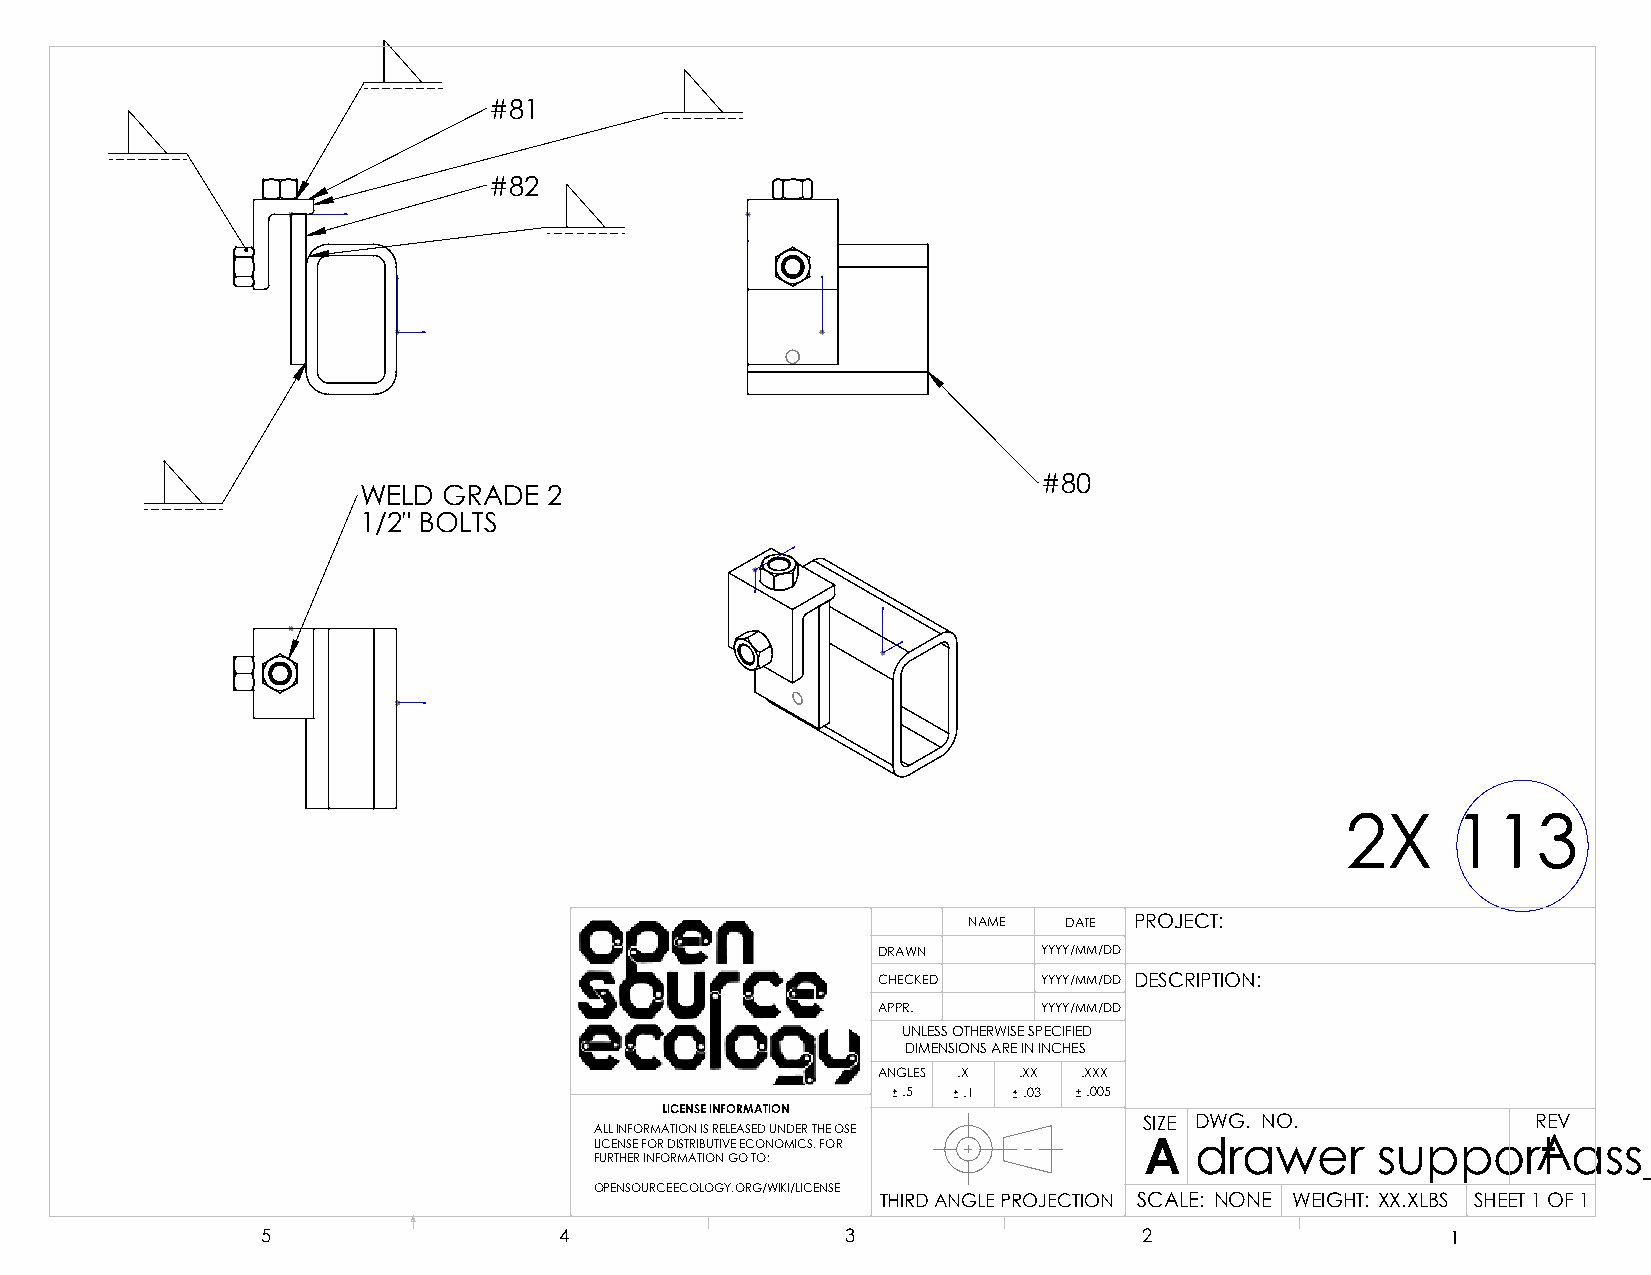
#81
 #82
 #80
 WELD GRADE  2
 1/2" BOLTS
 2X     113
 NAME  DATE PROJECT:
 DRAWN      YYYY/MM/DD
 CHECKED    YYYY/MM/DD DESCRIPTION:
 APPR.      YYYY/MM/DD
 UNLESS OTHERWISE SPECIFIED
 DIMENSIONS ARE IN INCHES
 ANGLES .X .XX .XXX
 .5  .1  .03 .005
 LICENSE INFORMATION
 SIZE DWG. NO.             REV
 ALL INFORMATION IS RELEASED UNDER THE OSE
 LICENSE FOR DISTRIBUTIVE ECONOMICS. FOR A drawer    supporAt     ass_2
 FURTHER INFORMATION GO TO:
 OPENSOURCEECOLOGY.ORG/WIKI/LICENSE
 THIRD ANGLE PROJECTION SCALE: NONE WEIGHT: XX.XLBS SHEET 1 OF 1
 5                   4                  3                   2                   1